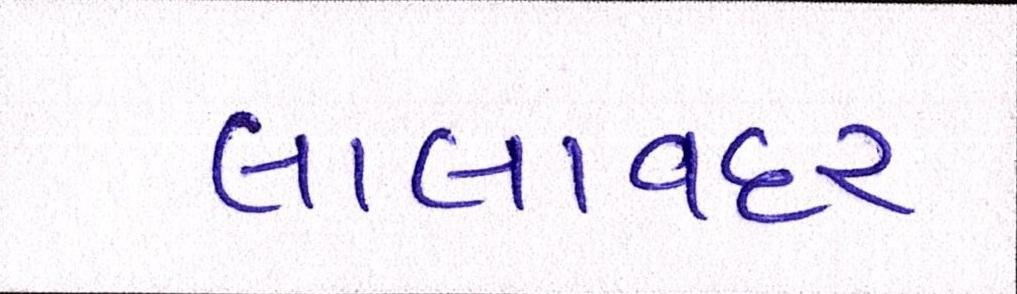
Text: લાલાવદર